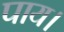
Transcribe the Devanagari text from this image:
पाय।